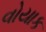
વોયાક